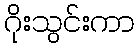
ဂိုးသွင်းကာ